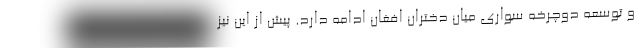
و توسعه دوچرخه سواری میان دختران افغان ادامه دارد. پیش از این نیز